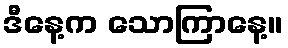
ဒီနေ့က သောကြာနေ့။